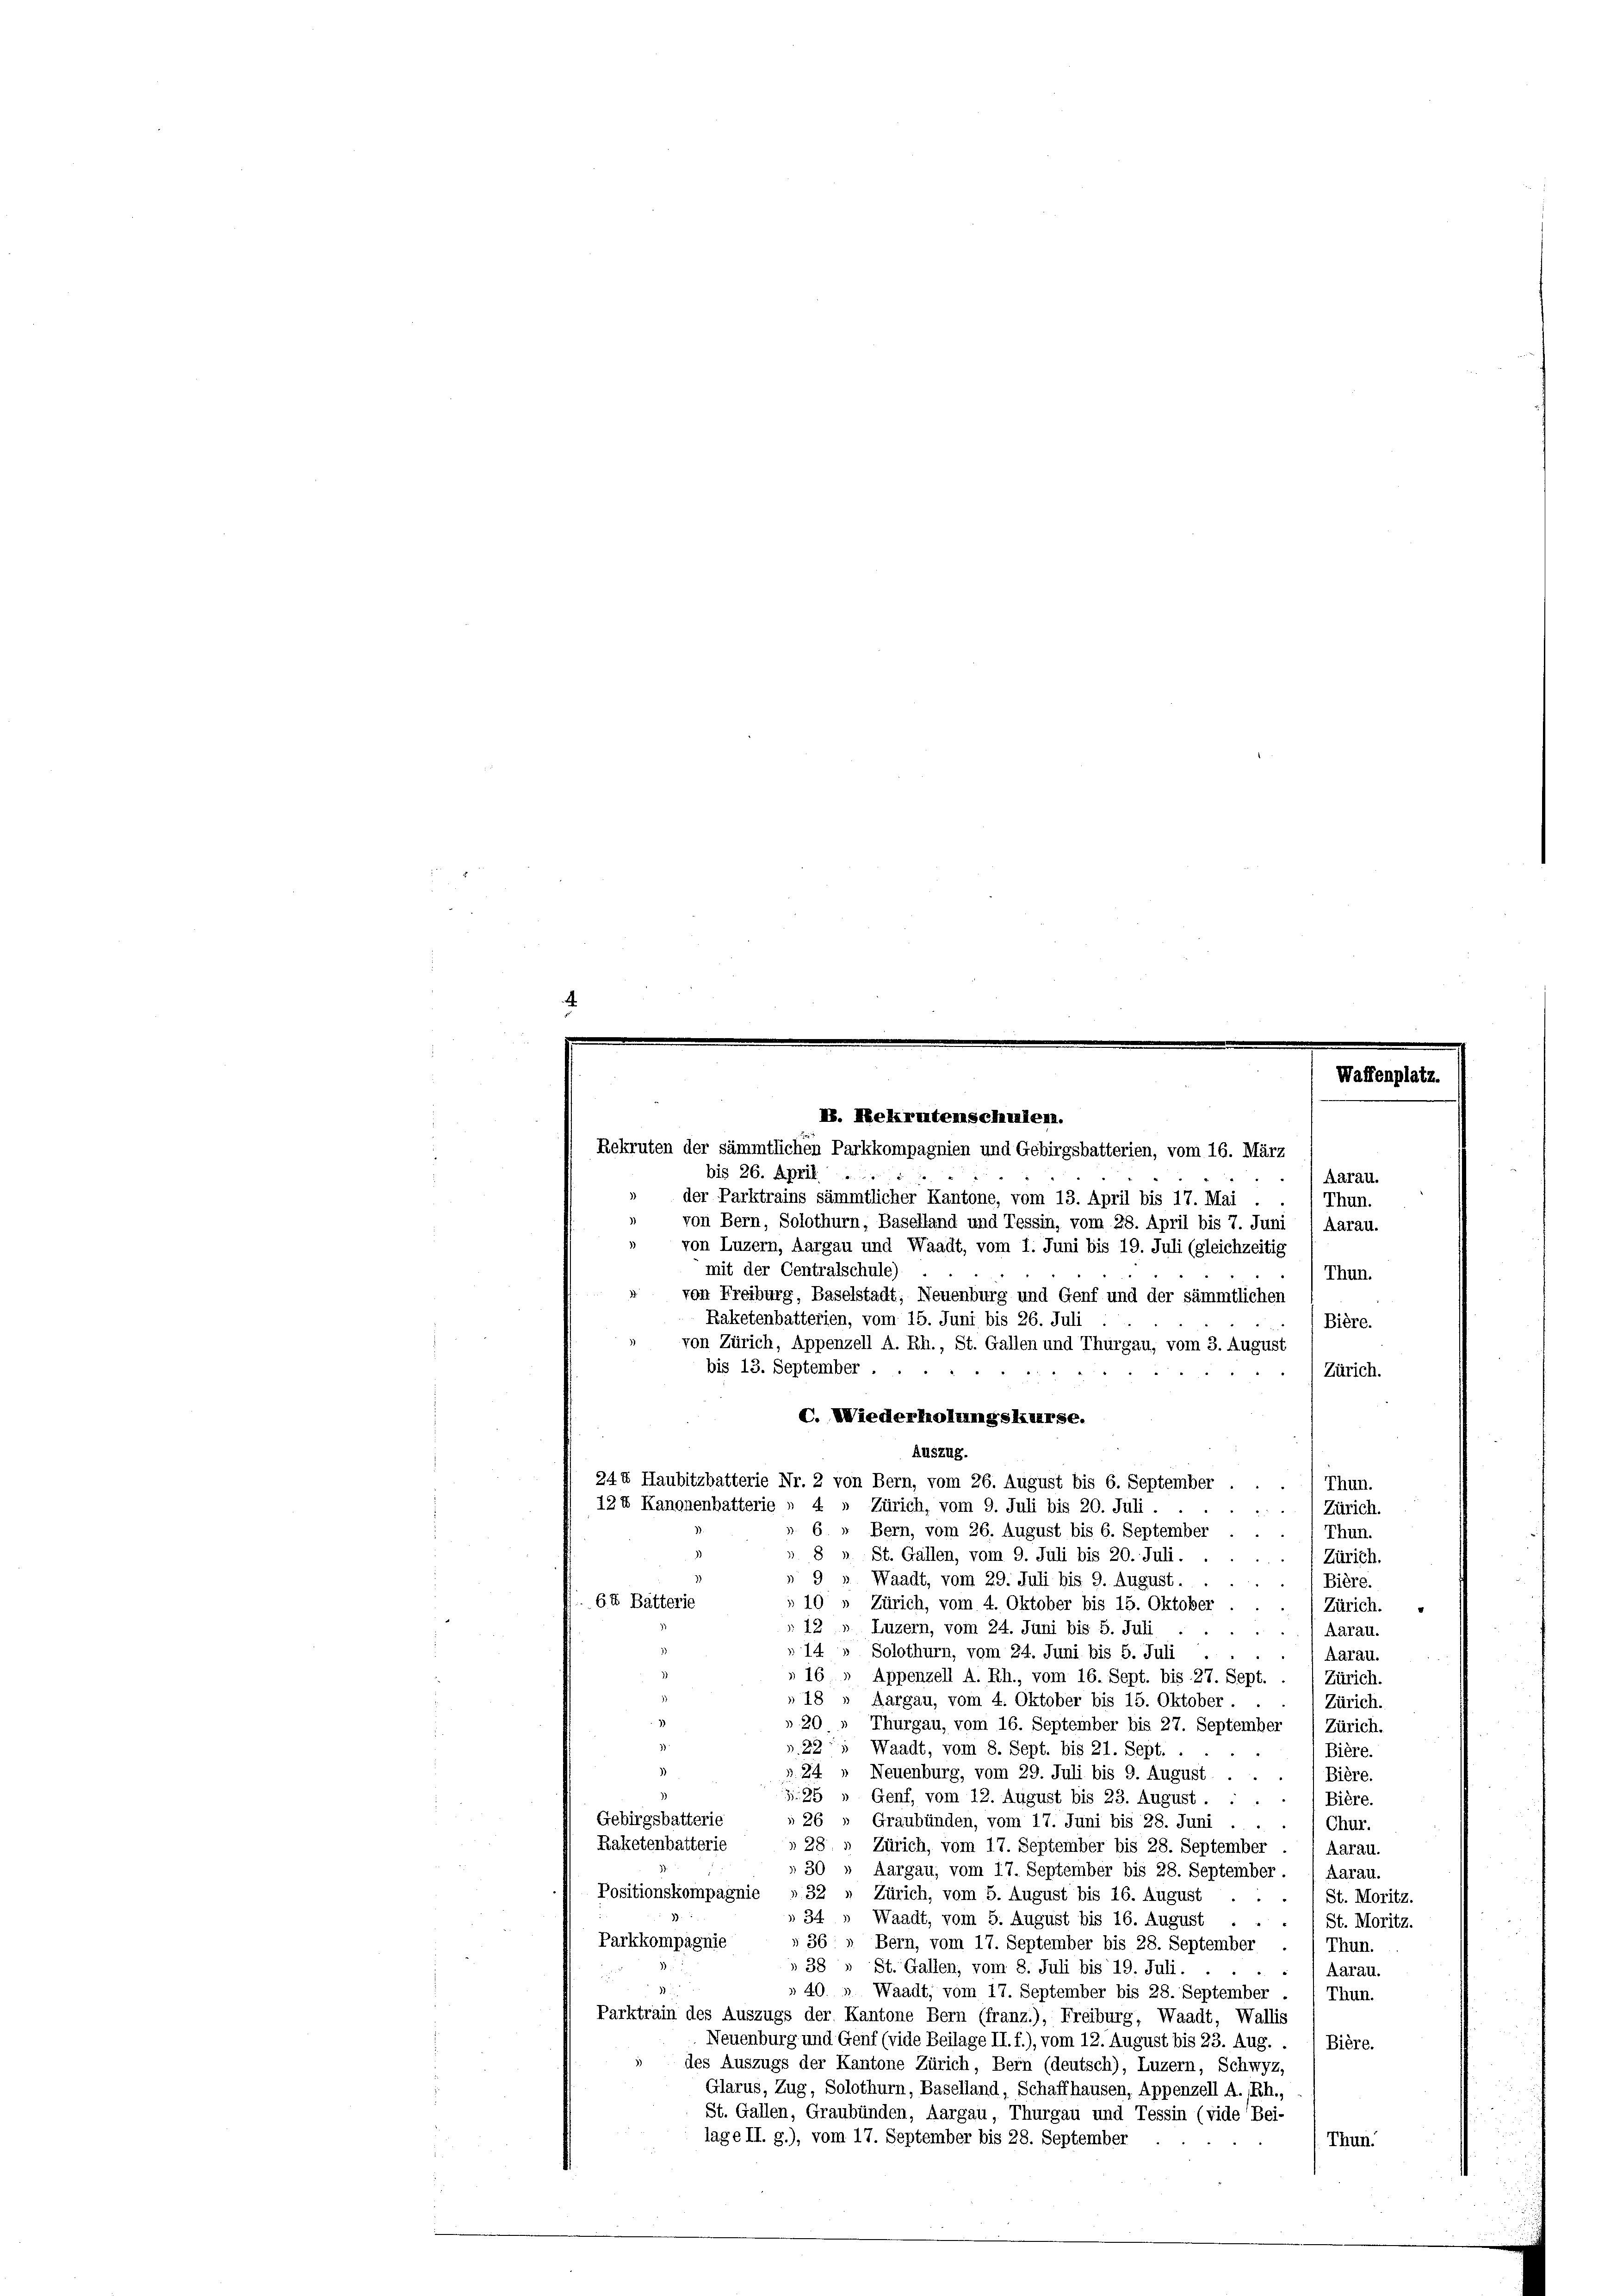
Rekruten der sämmtlichen Parkkompagnien und Gebirgsbatterien, vom 16. März
bis 26. April
Aarau.
der Parktrains sämmtlicher Kantone, vom 13. April bis 17. Mai.
Thun.
von Bern, Solothurn, Baselland und Tessin, vom 28. April bis 7. Juni , Aarau.
von Luzern, Aargau und Waadt, vom 1. Juni bis 19. Juli (gleichzeitig
mit der Centralschule)
Thun.
von Freiburg, Baselstadt, Neuenburg und Genf und der sämmtlichen
Raketenbatterien, vom 15. Juni bis 26. Juli
Bière.
von Zürich, Appenzell A. Rh., St. Gallen und Thurgau, vom 3. August
bis 13. September.
Zürich.
C. Wiederholungskurse.
Auszug.
244 Haubitzbatterie Nr. 2 von Bern, vom 26. August bis 6. September
Thun.
Zürich, vom 9. Juli bis 20. Juli
Zürich.
 6 » Bern, vom 26. August bis 6. September
Thun.
» 8 ». St. Gallen, vom 9. Juli bis 20. Juli.
Zürich.
» 9 » Waadt, vom 29. Juli bis 9. August.
Bière.
64 Batterie
»10 » Zürich, vom 4. Oktober bis 15. Oktober
Zürich.
 12, Luzern, vom 24. Juni bis 5. Juli
Aarau.
d
» 14
Solothurn, vom 24. Juni bis 5. Juli
Aarau.
2
»16 » Appenzell A. Rh., vom 16. Sept. bis 27. Sept.
Zürich.
18 » Aargau, vom 4. Oktober bis 15. Oktober.
Zürich.
» 20 „ Thurgau, vom 16. September bis 27. September
Zürich.
». 22, Waadt, vom 8. Sept. bis 21. Sept. .
Bière.
». 24, Neuenburg, vom 29. Juli bis 9. August
Bière.
25
Genf, vom 12. August bis 23. August.
Bière.
Gebirgsbatterie
26 » Graubünden, vom 17. Juni bis 28. Juni
Chur.
Raketenbatterie
28 » Zürich, vom 17. September bis 28. September
Aarau.
30 » Aargau, vom 17. September bis 28. September. (Aarau.
Positionskompagnie
32.
Zürich, vom 5. August bis 16. August . .
St. Moritz.
34 » Waadt, vom 5. August bis 16. August
St. Moritz.
Parkkompagnie
» 36 „ Bern, vom 17. September bis 28. September
Thun.
 38 " St. Gallen, vom 8. Juli bis 19. Juli.
Aarau.
» 40. » Waadt, vom 17. September bis 28. September . , Thun.
Parktrain des Auszugs der Kantone Bern (franz.), Freiburg, Waadt, Wallis
Neuenburg und Genf (vide Beilage II. f.), vom 12. August bis 23. Aug. . 1 Bière.
des Auszugs der Kantone Zürich, Bern (deutsch), Luzern, Schwyz,
Glarus, Zug, Solothurn, Baselland, Schaffhausen, Appenzell A. Rh.,
St. Gallen, Graubünden, Aargau, Thurgau und Tessin (vide Bei-
lage II. g.), vom 17. September bis 28. September
Thun.

124 Kanonenbatterie » 4

H. Nekrautem schulern.

Waffenplat